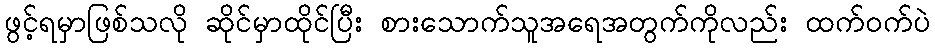
ဖွင့်ရမှာဖြစ်သလို ဆိုင်မှာထိုင်ပြီး စားသောက်သူအရေအတွက်ကိုလည်း ထက်ဝက်ပဲ